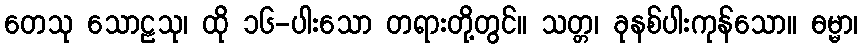
တေသု သောဠသု၊ ထို ၁၆-ပါးသော တရားတို့တွင်။ သတ္တ၊ ခုနစ်ပါးကုန်သော။ ဓမ္မာ၊